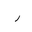
Letter: _ra